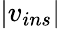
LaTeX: |v_{ins}|